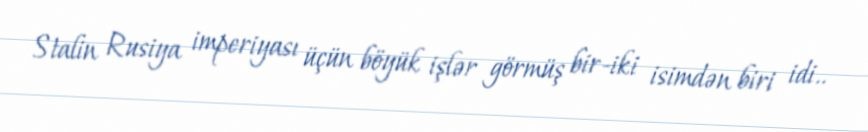
Stalin Rusiya imperiyası üçün böyük işlər görmüş bir-iki isimdən biri idi..